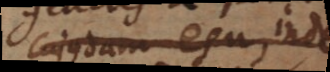
cujusdam esu, inde